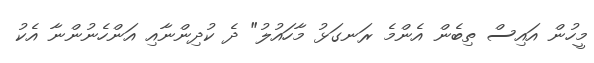
މީހުން އައިސް ތިބެން އެންމެ ރަނގަޅު މާހައުލު" ދެ ކުދިންނާއި އަންހެނުންނާ އެކު